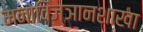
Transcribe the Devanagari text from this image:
मनोविज्ञानशाखा